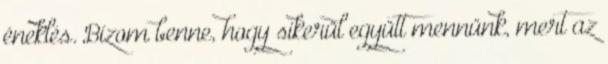
éneklés. Bízom benne, hogy sikerül együtt mennünk, mert az